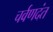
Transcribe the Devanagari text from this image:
चर्वणदंत